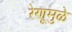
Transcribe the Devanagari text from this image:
रेणूमुळे